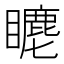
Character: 𥋨